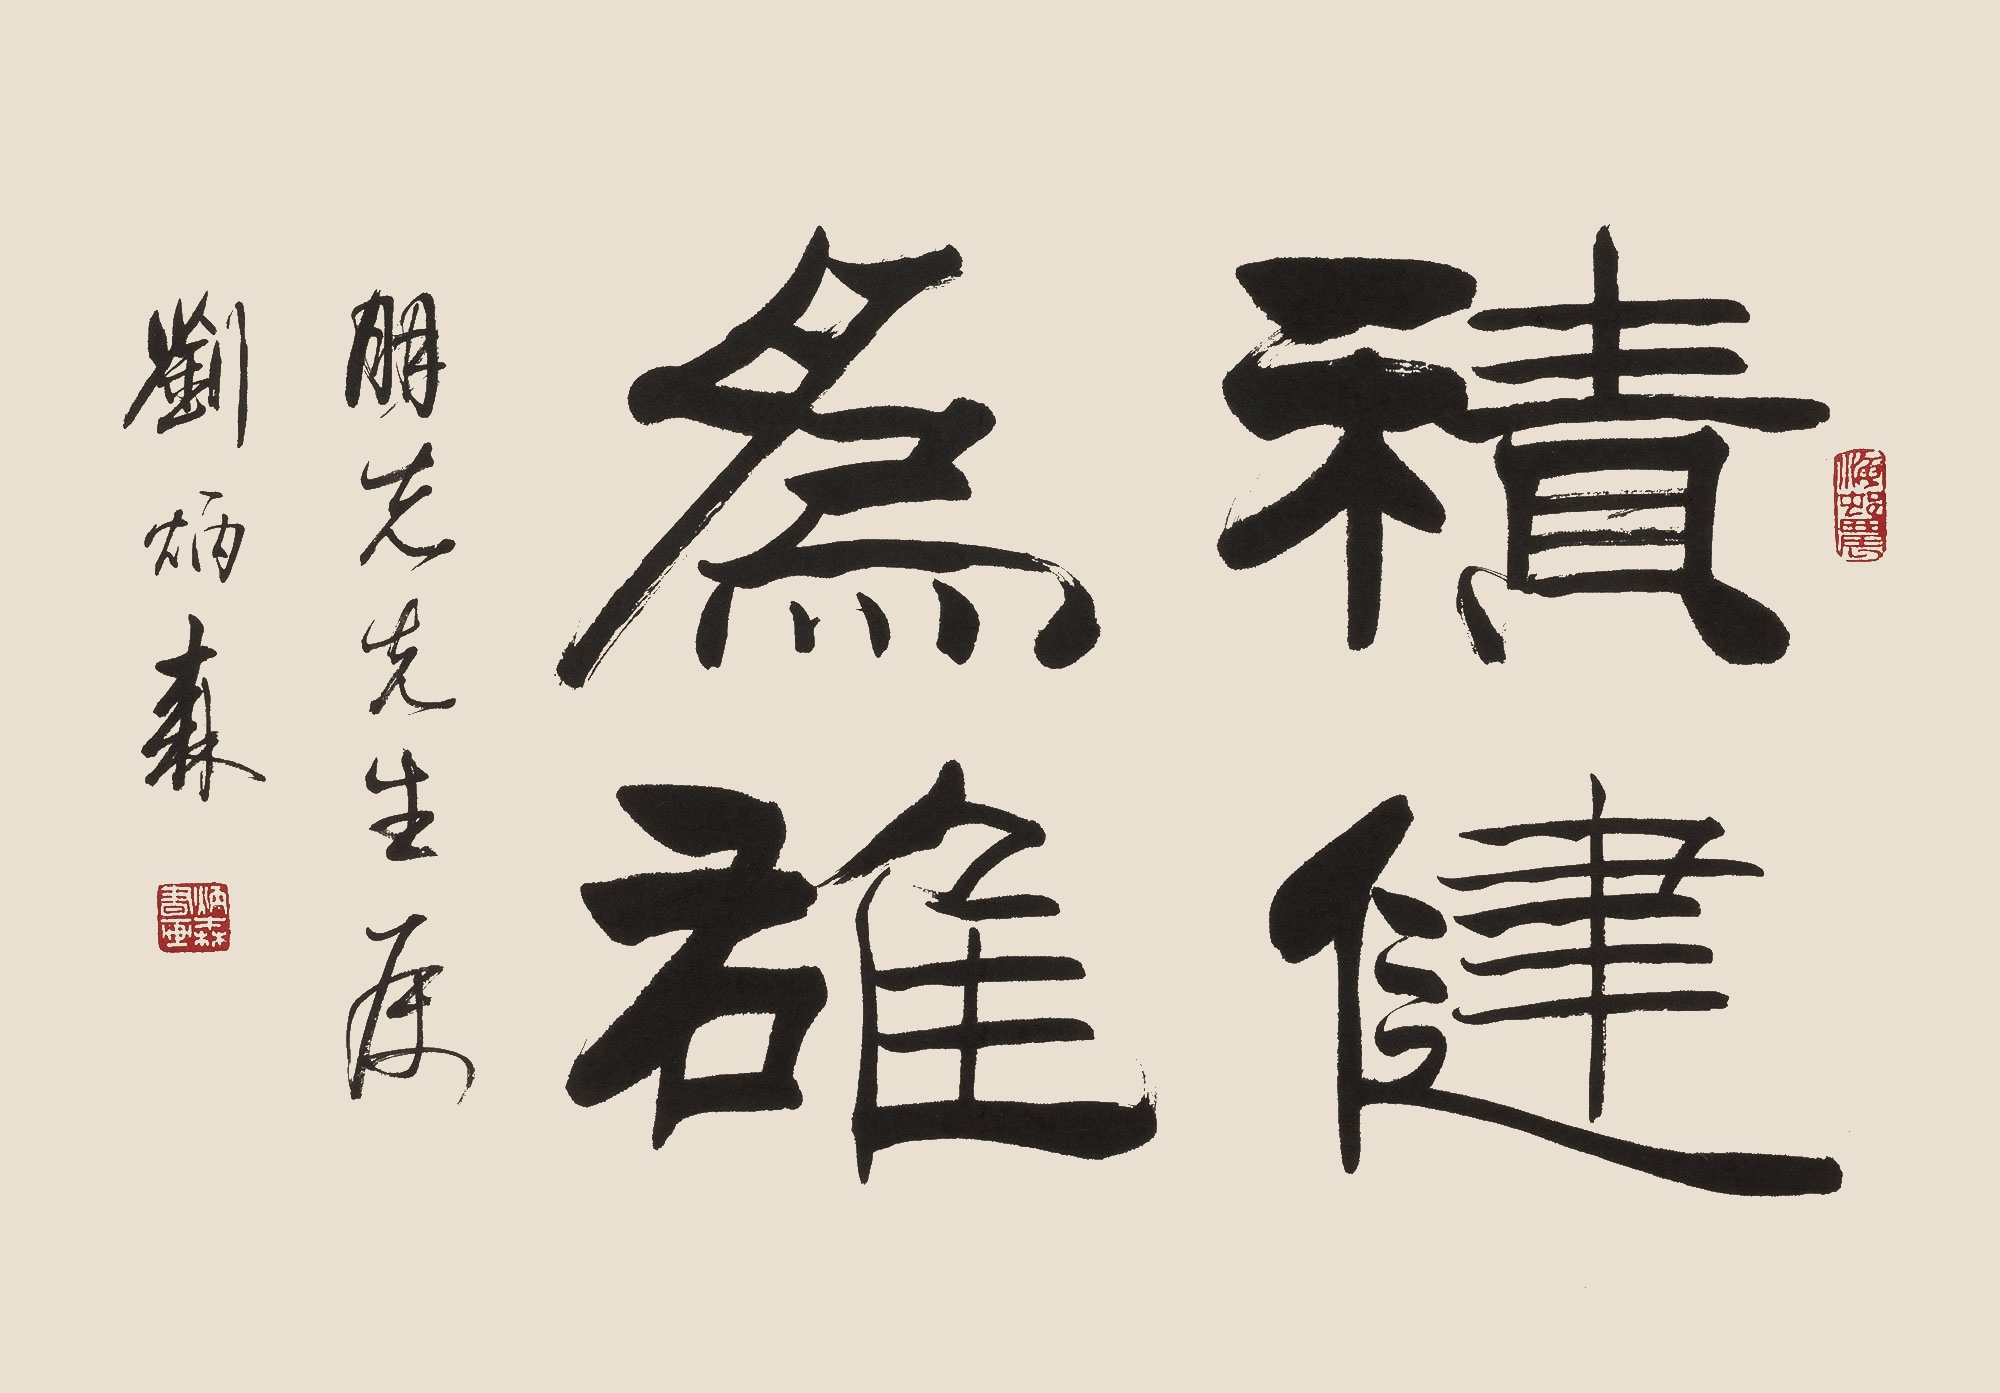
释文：积健为雄朋先先生属。刘炳森。